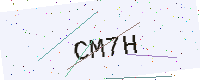
Text: CM7H